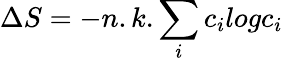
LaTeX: \Delta S=-n.k.\sum_{i}\textit{}c_{i}\textit{}log\textit{}c_{i}